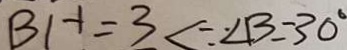
B H = 3 < \because \angle B = 3 0 ^ { \circ }